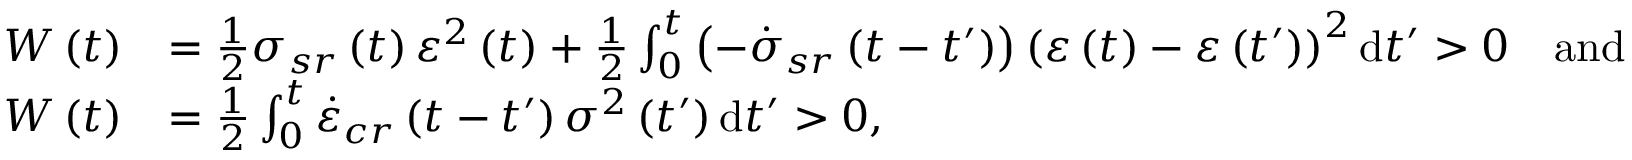
\begin{array} { r l } { W \left( t \right) } & { = \frac { 1 } { 2 } \sigma _ { s r } \left( t \right) \varepsilon ^ { 2 } \left( t \right) + \frac { 1 } { 2 } \int _ { 0 } ^ { t } \left( - \dot { \sigma } _ { s r } \left( t - t ^ { \prime } \right) \right) \left( \varepsilon \left( t \right) - \varepsilon \left( t ^ { \prime } \right) \right) ^ { 2 } \mathrm { d } t ^ { \prime } > 0 \quad \mathrm { a n d } } \\ { W \left( t \right) } & { = \frac { 1 } { 2 } \int _ { 0 } ^ { t } \dot { \varepsilon } _ { c r } \left( t - t ^ { \prime } \right) \sigma ^ { 2 } \left( t ^ { \prime } \right) \mathrm { d } t ^ { \prime } > 0 , } \end{array}